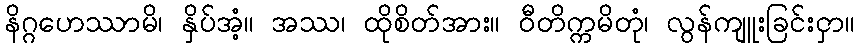
နိဂ္ဂဟေဿာမိ၊ နှိပ်အံ့။ အဿ၊ ထိုစိတ်အား။ ဝီတိက္ကမိတုံ၊ လွန်ကျူးခြင်းငှာ။